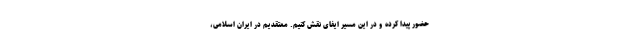
حضور پیدا کرده و در این مسیر ایفای نقش کنیم. معتقدیم در ایران اسلامی،